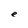
Character: e